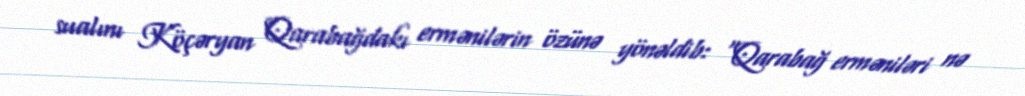
sualını Köçəryan Qarabağdakı ermənilərin özünə yönəldib: “Qarabağ erməniləri nə